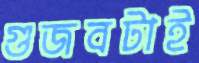
গুজবটাই